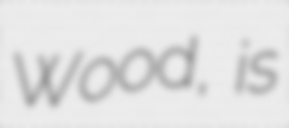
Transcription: Wood, is